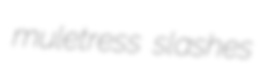
muletress slashes